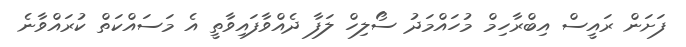
ފަށަން ރައީސް އިބްރާހިމް މުހައްމަދު ސޯލިހް ލަފާ ދެއްވާފައިވާތީ އެ މަސައްކަތް ކުރައްވާނެ